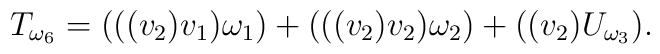
T_{\omega_6}=(((v_2)v_1)\omega_1)+(((v_2)v_2)\omega_2)+((v_2)U_{\omega_3}).